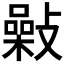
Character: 𢿾